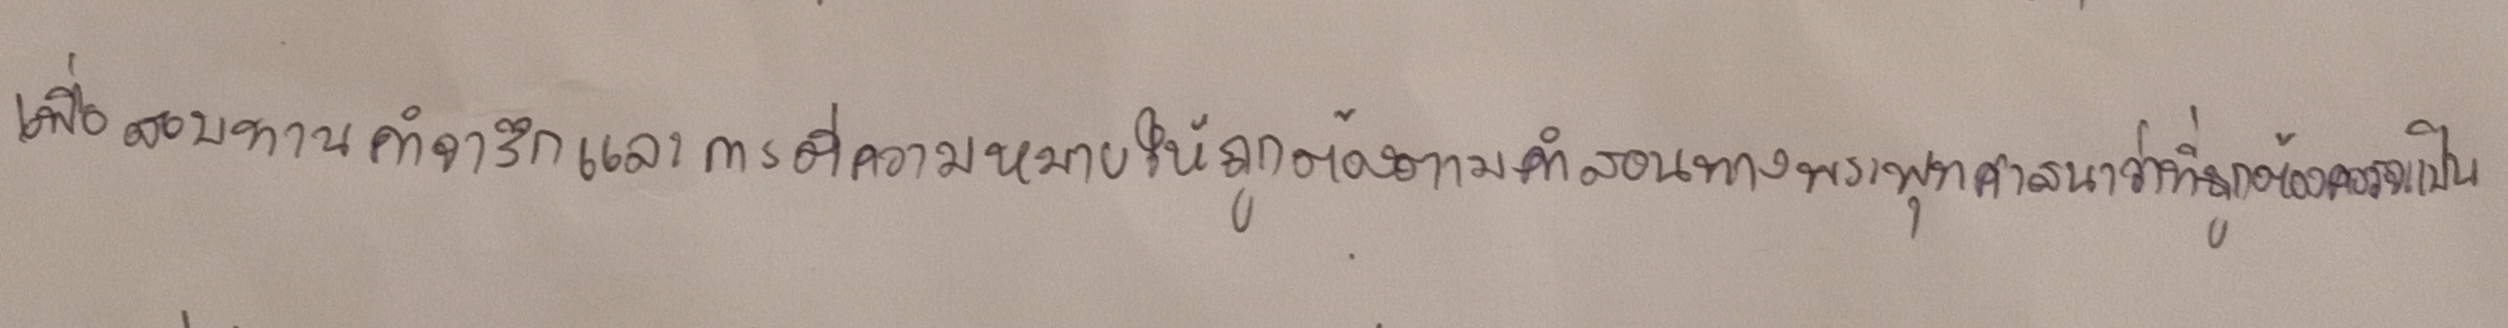
เพื่อสอบทานคำจารึกและการตีความหมายให้ถูกต้องตามคำสอนทางพระพุทธศาสนาว่าที่ถูกต้องควรจะเป็น